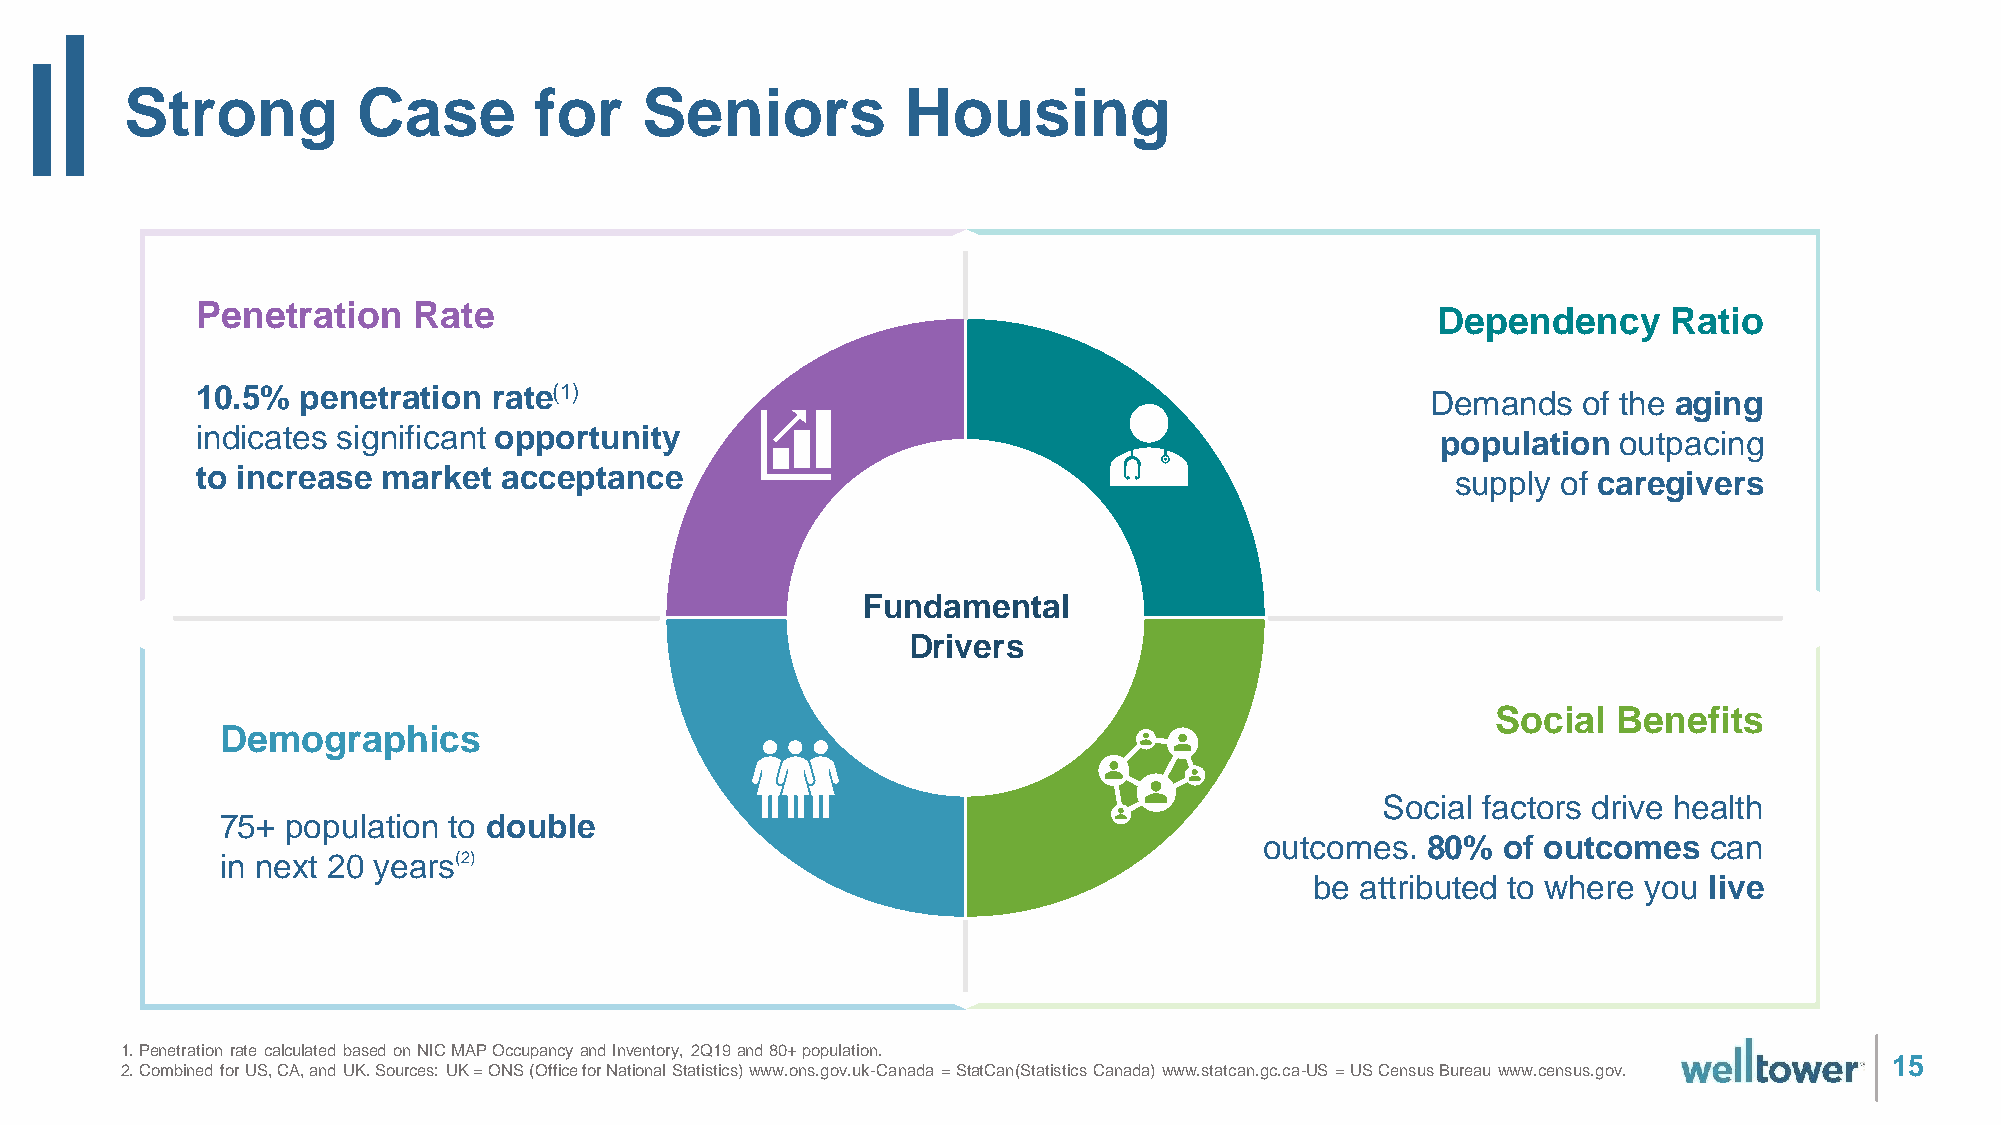
Strong          Case       for    Seniors           Housing
 Penetration   Rate                                                                Dependency      Ratio
 10.5%  penetration  rate(1)                                                       Demands   of the aging
 indicates significant opportunity                                                 population  outpacing
 to increase market  acceptance                                                     supply of caregivers
 Fundamental
 Drivers
 Social  Benefits
 Demographics
 Social factors drive health
 75+ population to double
 outcomes. 80%  of outcomes   can
 in next 20 years(2)
 be attributed to where you live
 1. Penetration rate calculated based on NIC MAP Occupancy and Inventory, 2Q19 and 80+ population.
 15
 2. Combined for US, CA, and UK. Sources: UK = ONS (Office for National Statistics) www.ons.gov.uk-Canada = StatCan(Statistics Canada) www.statcan.gc.ca-US = US Census Bureau www.census.gov.